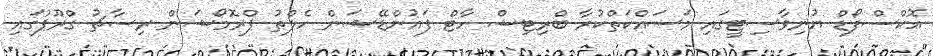
އޮކްސްފޯޑް ޔުނިވާސިޓީގައި މަސައްކަތްކުރާ ބްރިޓިޝް ހާޓް ފައުންޑޭޝަން ހެލްތު ޕްރޮމޯޝަން ރިސާޗު ގްރޫޕުގައި